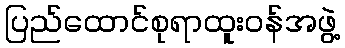
ပြည်ထောင်စုရာထူးဝန်အဖွဲ့